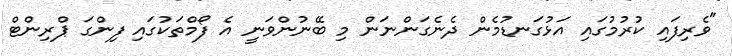
"ވެރިފައި ކުރުމުގައި އަޅުގަނޑުމެން ދެނެގަންނަން މި ބޭނުންވަނީ އެ ފޯމްތަކުގައި ފިންގަ ޕްރިންޓް